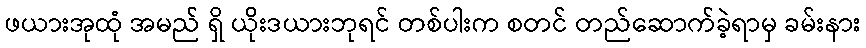
ဖယားအုထုံ အမည် ရှိ ယိုးဒယားဘုရင် တစ်ပါးက စတင် တည်ဆောက်ခဲ့ရာမှ ခမ်းနား